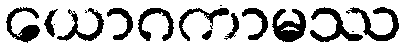
ယောဂကာမဿ